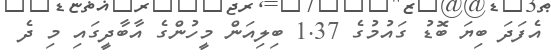
އެފަދަ ބިޔަ ބޮޑު ގައުމުގެ 1.37 ބިލިއަން މީހުންގެ އާބާދީގައި މި ދެ